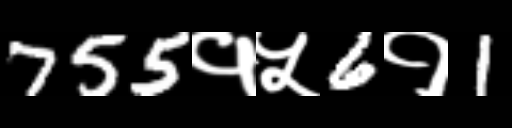
Text: 755१५6१1